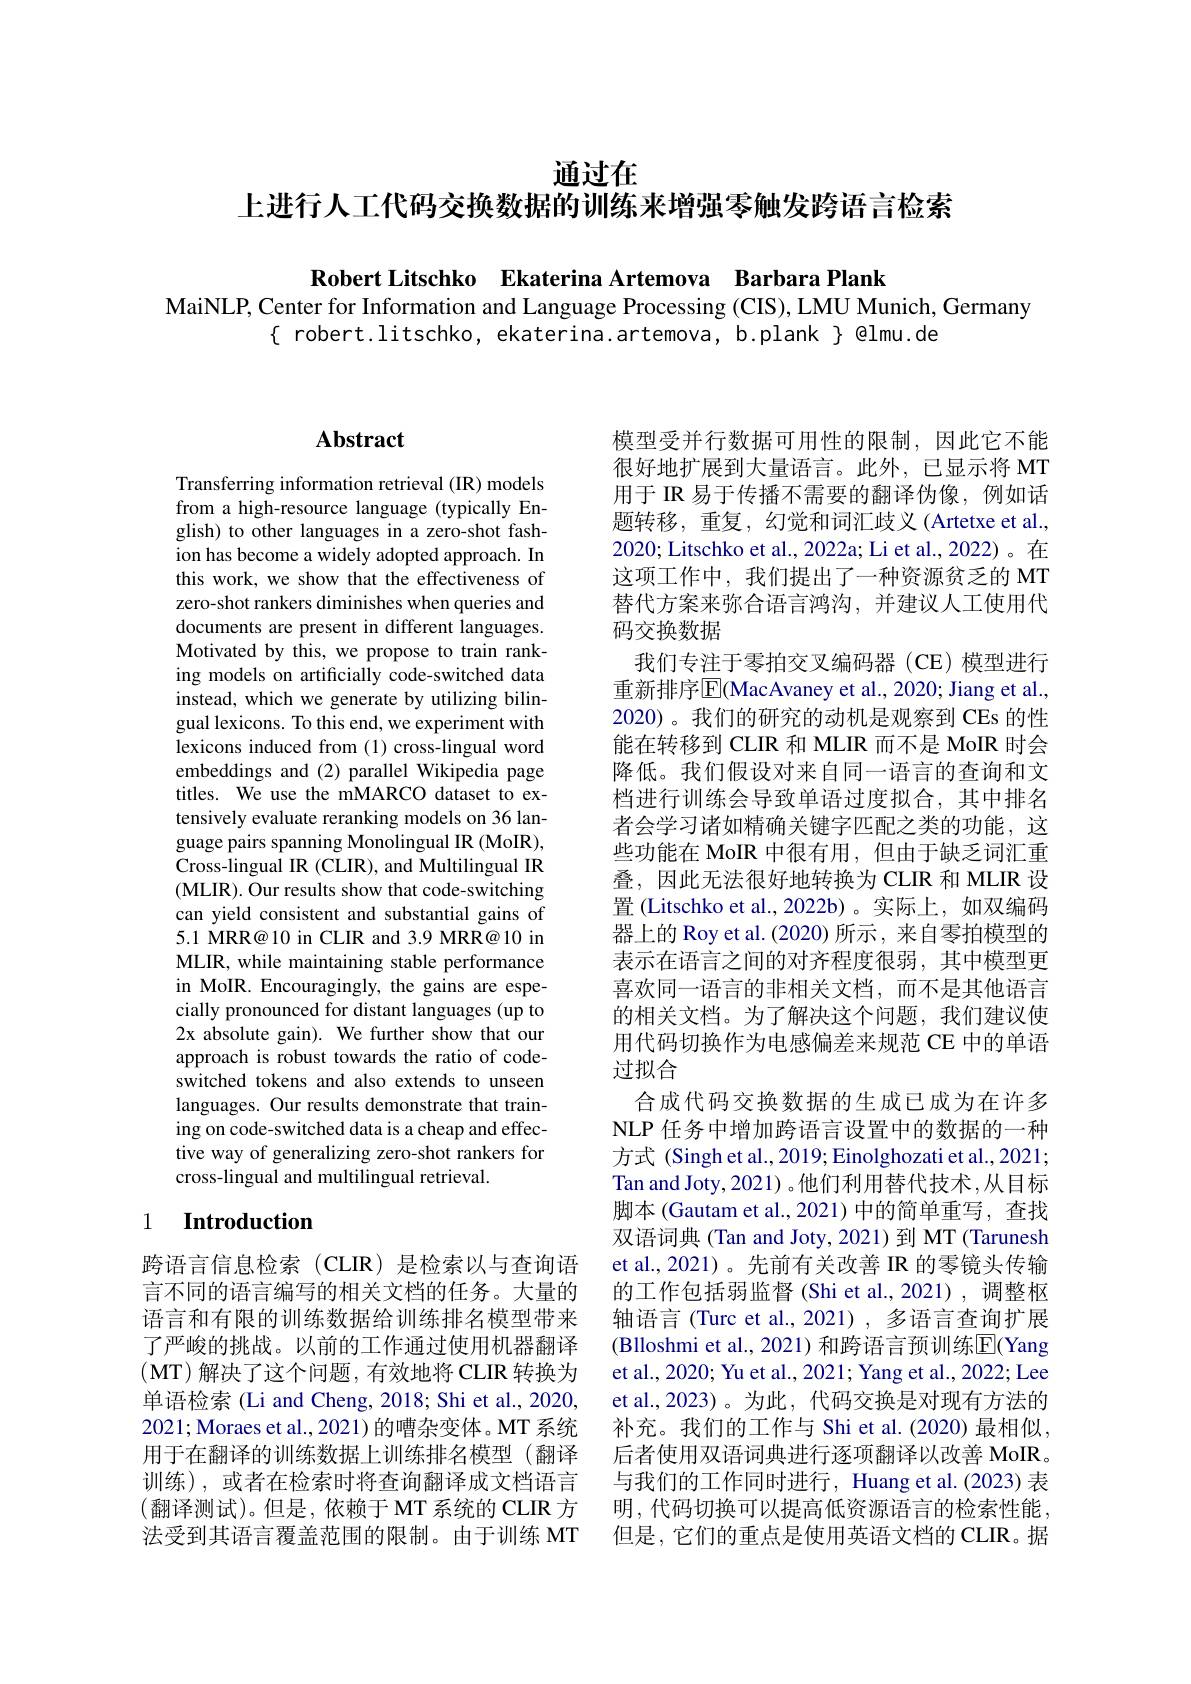
通过在

上进行人工代码交换数据的训练来增强零触发跨语言检索

Robert Litschko Ekaterina Artemova Barbara Plank

MaiNLP, Center for Information and Language Processing ( CIS) , LMU Munich, Germany
$\{$ robert.litschko, ekaterina.artemova, b.plank $\}$ @lmu.de

# Abstract

Transferring information retrieval (IR) models from a high-resource language (typically English) to other languages in a zero-shot fashion has become a widely adopted approach. In this work, we show that the effectiveness of zero-shot rankers diminishes when queries and documents are present in different languages Motivated by this, we propose to train ranking models on artificially code-switched data instead, which we generate by utilizing bilingual lexicons. To this end, we experiment with lexicons induced from (1) cross-lingual word embeddings and (2) parallel Wikipedia page titles. We use the mMARCO dataset to extensively evaluate reranking models on 36 language pairs spanning Monolingual IR (MoIR), Cross-lingual IR (CLIR), and Multilingual IR (MLIR). Our results show that code-switching can yield consistent and substantial gains of 5.1 MRR@10 in CLIR and 3.9 MRR@ 10 in MLIR, while maintaining stable performance in MoIR. Encouragingly, the gains are especially pronounced for distant languages (up to 2x absolute gain). We further show that our approach is robust towards the ratio of codeswitched tokens and also extends to unseen languages. Our results demonstrate that training on code-switched data is a cheap and effective way of generalizing zero-shot rankers for cross-lingual and multilingual retrieval.

## 1 $\textbf{Introduction}$

跨语言信息检索(CLIR)是检索以与查询语言不同的语言编写的相关文档的任务。大量的语言和有限的训练数据给训练排名模型带来了严峻的挑战。以前的工作通过使用机器翻译(MT)解决了这个问题，有效地将 CLIR 转换为单语检索 (Li and Cheng, 2018; Shi et al., 2020, 2021;Moraes et al., 2021) 的嘈杂变体。MT 系统用于在翻译的训练数据上训练排名模型(翻译训练),或者在检索时将查询翻译成文档语言(翻译测试)。但是，依赖于 MT 系统的 CLIR 方法受到其语言覆盖范围的限制。由于训练 MT

模型受并行数据可用性的限制，因此它不能很好地扩展到大量语言。此外，已显示将 MT 用于 IR 易于传播不需要的翻译伪像，例如话题转移，重复，幻觉和词汇歧义(Artetxe et al., 2020; Litschko et al., 2022a; Li et al., 2022)。在这项工作中，我们提出了一种资源贫乏的 MT 替代方案来弥合语言鸿沟，并建议人工使用代码交换数据
我们专注于零拍交叉编码器(CE)模型进行重新排序$\overline{\mathrm{E}}($MacAvaney et al., 2020; Jiang et al., 2020)。我们的研究的动机是观察到 CEs 的性能在转移到 CLIR 和 MLIR 而不是 MoIR 时会降低。我们假设对来自同一语言的查询和文档进行训练会导致单语过度拟合，其中排名者会学习诸如精确关键字匹配之类的功能，这些功能在 MoIR 中很有用，但由于缺乏词汇重叠，因此无法很好地转换为 CLIR 和 MLIR 设置 (Litschko et al.,2022b)。实际上，如双编码器上的 Roy et al. (2020) 所示 , 来自零拍模型的表示在语言之间的对齐程度很弱，其中模型更喜欢同一语言的非相关文档，而不是其他语言的相关文档。为了解决这个问题，我们建议使用代码切换作为电感偏差来规范 CE 中的单语过拟合
合成代码交换数据的生成已成为在许多NLP 任务中增加跨语言设置中的数据的一种方式 (Singh et al., 2019; Einolghozati et al., 2021; Tan and Joty, 2021)。他们利用替代技术，从目标脚本 (Gautam et al.,2021) 中的简单重写，查找双语词典 (Tan and Joty, 2021) 到 MT (Tarunesh et al.,2021)。先前有关改善 IR 的零镜头传输的工作包括弱监督 (Shi et al.,2021),调整枢轴语言(Turc et al., 2021), 多语言查询扩展(Blloshmi et al., 2021) 和跨语言预训练$\overline{\mathrm{E}}$(Yang et al., 2020; Yu et al., 2021; Yang et al., 2022; Lee et al.,2023)。为此，代码交换是对现有方法的补充。我们的工作与 Shi et al.(2020) 最相似， 后者使用双语词典进行逐项翻译以改善 MoIR。与我们的工作同时进行，Huang et al.(2023) 表明，代码切换可以提高低资源语言的检索性能， 但是，它们的重点是使用英语文档的 CLIR。据